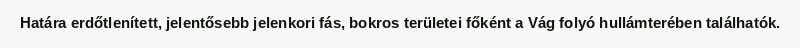
Határa erdőtlenített, jelentősebb jelenkori fás, bokros területei főként a Vág folyó hullámterében találhatók.